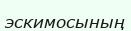
эскимосының